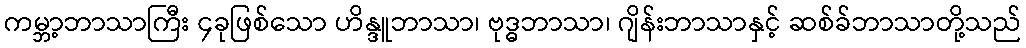
ကမ္ဘာ့ဘာသာကြီး ၄ခုဖြစ်သော ဟိန္ဒူဘာသာ၊ ဗုဒ္ဓဘာသာ၊ ဂျိန်းဘာသာနှင့် ဆစ်ခ်ဘာသာတို့သည်